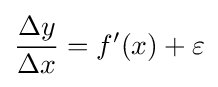
{\frac {\Delta y}{\Delta x}}=f'(x)+\varepsilon